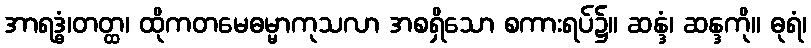
အာရဒ္ဓံ၊တတ္ထ၊ ထိုကတမေဓမ္မာကုသလာ အစရှိသော စကားရပ်၌။ ဆန္ဒံ၊ ဆန္ဒကို။ ဓုရံ၊